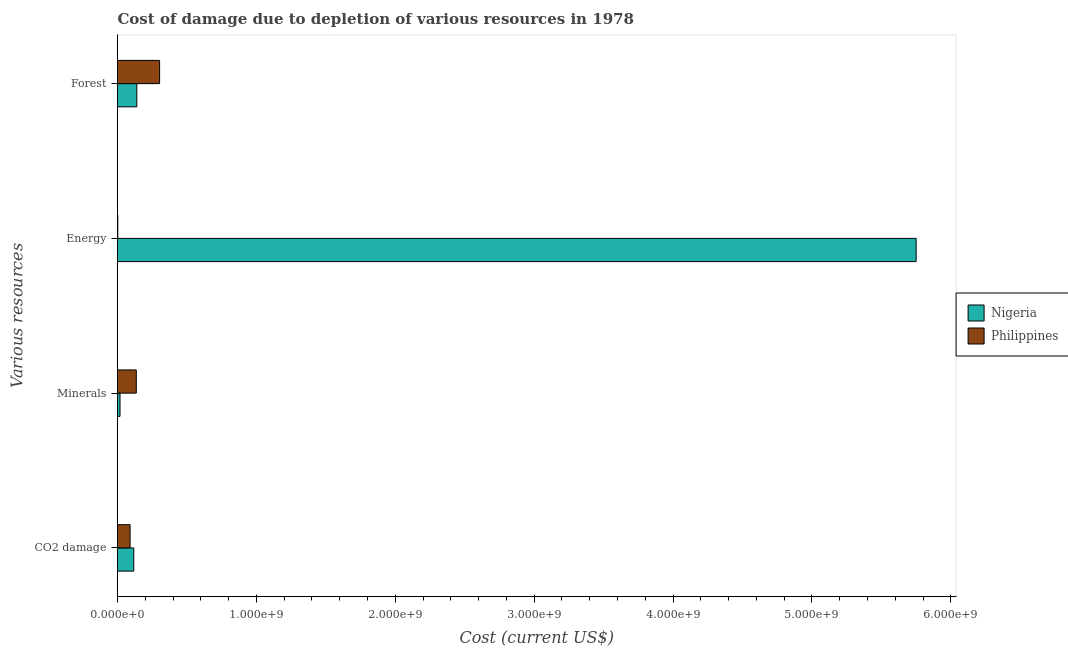
| Various resources | Nigeria | Philippines |
 | --- | --- | --- |
 | CO2 damage | 1.17e+08 | 9.06e+07 |
 | Minerals | 1.8e+07 | 1.35e+08 |
 | Energy | 5.75e+09 | 2.02e+06 |
 | Forest | 1.39e+08 | 3.03e+08 |